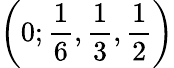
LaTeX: \left(0;\frac{1}{6},\frac{1}{3},\frac{1}{2}\right)